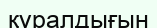
құралдығын